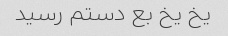
یخ یخ بع دستم رسید